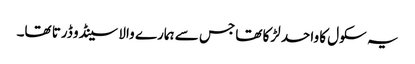
یہ سکول کا واحد لڑکا تھا جس سے ہمارے والا سینڈو ڈرتا تھا۔